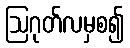
ဩဂုတ်လမှစ၍